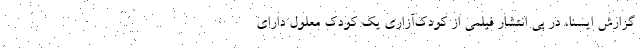
گزارش ایسنا، در پی انتشار فیلمی از کودک‌آزاری یک کودک معلول دارای